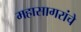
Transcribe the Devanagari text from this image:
महासागरांचे